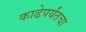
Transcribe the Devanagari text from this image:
काढेपर्यंतचा